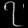
Digit: ၇